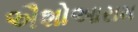
ઐશોઆરામ